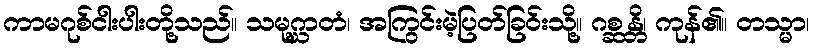
ကာမဂုစ်ငါးပါးတို့သည်။ သမုဂ္ဃာတံ၊ အကြွင်းမဲ့ပြတ်ခြဝ်းသို့။ ဂစ္ဆန္တိ၊ ကုန်၏။ တသ္မာ၊